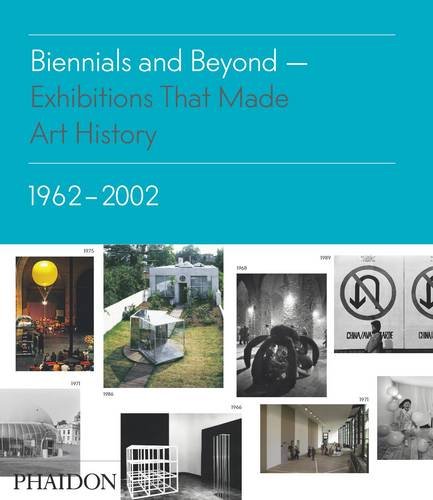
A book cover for Biennials and Beyond: Exhibitions that Made Art History: 1962-2002 (Salon to Biennial); Bruce Altshuler; Politics & Social Sciences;